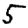
Digit: 5